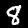
Label: 8